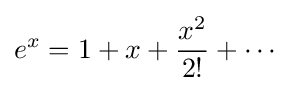
e^{x}=1+x+{\frac {x^{2}}{2!}}+\cdots